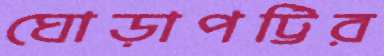
ঘোড়াপট্টির